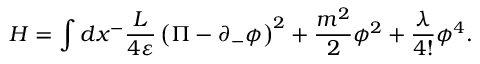
H = \int d x ^ { - } \frac { L } { 4 \varepsilon } \left( \Pi - \partial _ { - } \phi \right) ^ { 2 } + \frac { m ^ { 2 } } { 2 } \phi ^ { 2 } + \frac { \lambda } { 4 ! } \phi ^ { 4 } .